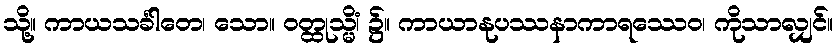
သို့။ ကာယသင်္ခါတေ၊ သော။ ဝတ္ထုသ္မိံ၊ ၌။ ကာယာနုပဿနာကာရဿေဝ၊ ကိုသာလျှင်။